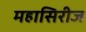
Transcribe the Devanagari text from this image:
महासिरीज